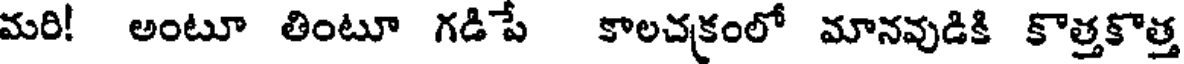
మరి! అంటూ తింటూ గడిపే కాలచక్రంలో మానవుడికి కొత్తకొత్త